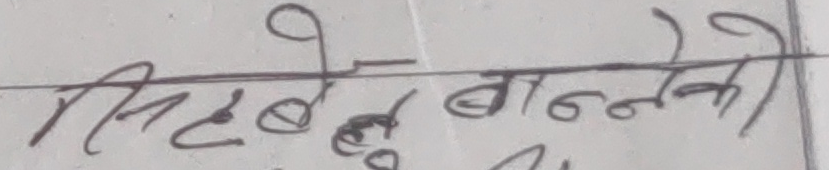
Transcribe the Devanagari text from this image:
सिधै बन्नेको